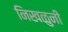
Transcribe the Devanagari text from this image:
निखळुनी